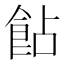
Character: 䬯